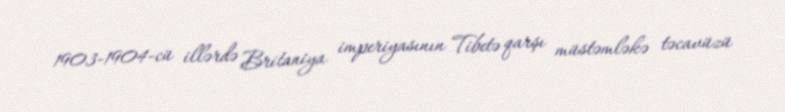
1903-1904-cü illərdə Britaniya imperiyasının Tibetə qarşı müstəmləkə təcavüzü